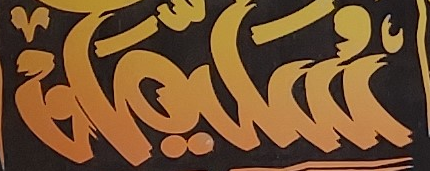
سليمان